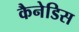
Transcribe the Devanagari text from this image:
कैनेडिस